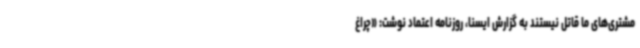
مشتری‌های ما قاتل نیستند به گزارش ایسنا، روزنامه اعتماد نوشت: «چراغ